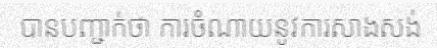
បានបញ្ជាក់ថា ការចំណាយនូវការសាងសង់